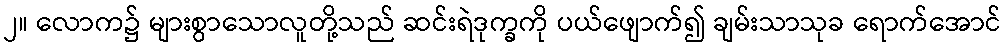
၂။ လောက၌ များစွာသောလူတို့သည် ဆင်းရဲဒုက္ခကို ပယ်ဖျောက်၍ ချမ်းသာသုခ ရောက်အောင်